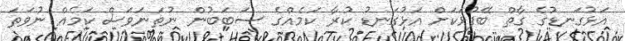
އަޅުގަނޑުގެ ގާތް ބޭފުޅަކަށް އަޅުގަނޑު ކުރާ ކަމެއްގެ ސަބަބުން ނުތަނަވަސް ކަމެއް ނުވަތަ